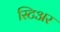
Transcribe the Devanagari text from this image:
स्टिअर